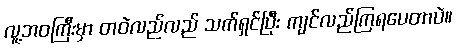
လူ့ဘဝကြီးမှာ တဝဲလည်လည် သက်ရှင်ပြီး ကျင်လည်ကြရပေတာပဲ။